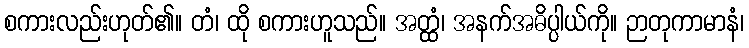
စကားလည်းဟုတ်၏။ တံ၊ ထို စကားဟူသည်။ အတ္ထံ၊ အနက်အဓိပ္ပါယ်ကို။ ဉာတုကာမာနံ၊